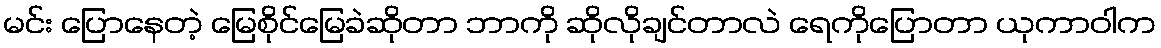
မင်း ပြောနေတဲ့ မြေစိုင်မြေခဲဆိုတာ ဘာကို ဆိုလိုချင်တာလဲ ရေကိုပြောတာ ယုကာဝါက